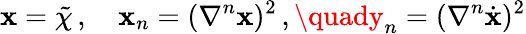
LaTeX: \mathbf{x}=\tilde{{\chi}}\, ,\quad\mathbf{x}_{n}=(\nabla^{n}\mathbf{x})^{2}\, ,\quady_{n}=(\nabla^{n}\dot{{\mathbf{x}}})^{2}